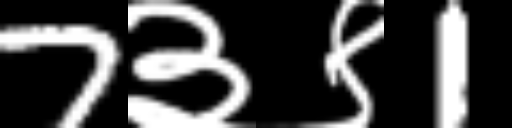
Text: 7३९1